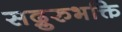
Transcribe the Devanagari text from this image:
सद्गुरुभक्ति